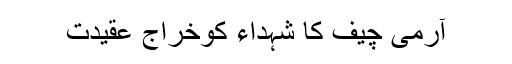
آرمی چیف کا شہداء کوخراج عقیدت